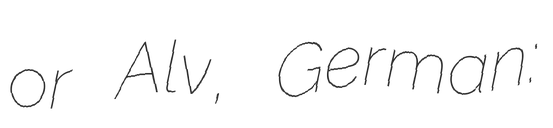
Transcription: or Alv, German: